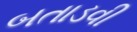
બતાડવી